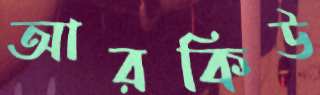
আরকিউ